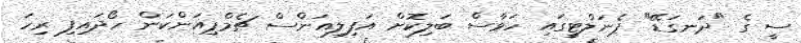
ސީ ގެ "ދަނގަޑޭ" ޕެނަލްޓީގައި ހަވާސް ބަލިކޮށް އަފިލިއަންސް ޗެމްޕިއަންކަން ހޯދައިފި ރިހަ